Scottish Education Department, 1920
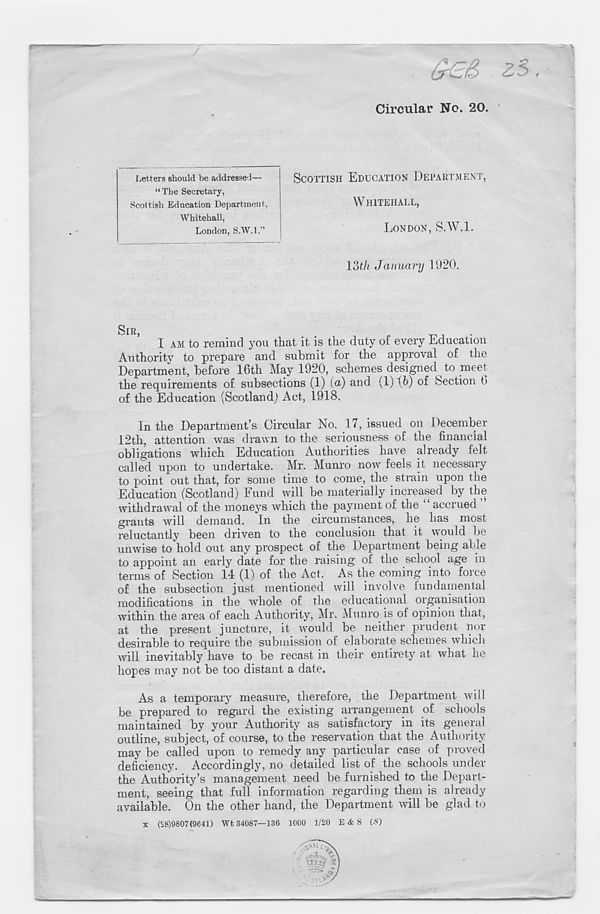
Circular No. 20.
Scottish Education Department;
Letters should be addressed—
“ The Secretary,
Whitehall,
London, S.W.l.”
SCOTTISH EDUCATION DEPARTMENT,
WHITEHALL,
LONDON, S.W.l.
loth January 1920.
SIR,
I AM to remind you that it is the duty of every Education
Authority to prepare and submit for the approval of the
Department, before 16th May 1920, schemes designed to meet
the requirements of subsections (1) (a) and (1) \h) of Section 6
of the Education (Scotland) Act, 1918.
In the Department’s Circular No. 17, issued on December
12th, attention was drawn to the seriousness of the financial
obligations which Education Authorities have already felt
called upon to undertake. Mr. Munro now feels it necessary
to point out that, for some time to come, the strain upon the
Education (Scotland) Fund will be materially increased by the
withdrawal of the moneys which the payment of the “ accrued ”
grants will demand. In the circumstances, he has most
reluctantly been driven to the conclusion that it would be
unwise to hold out any prospect of the Department being able
to appoint an eaily date for the raising of the school age in
terms of Section 14 (1) of the Act. As the coming into force
of the subsection just mentioned will involve fundamental
modifications in the whole of the educational organisation
within the area of each Authority, Mr. Munro is of opinion that,
at the present juncture, it would be neither prudent nor
desirable to require the submission of elaborate schemes which
will inevitably have to be recast in their entirety at what he
hopes may not be too distant a date.
As a temporary measure, therefore, the Department will
be prepared to regard the existing arrangement of schools
maintained by your Authority as satisfactory in its general
outline, subject, of course, to the reservation that the Authority
may be called upon to remedy any particular case of proved
deficiency. Accordingly, no detailed list of the schools under
the Authority’s management need be furnished to the Depart-
ment, seeing that full information regarding them is already
available. On the other hand, the Department will be glad to
(58)9807(9641) Wt 34087—136 1000 1/20 E & S (S)
X